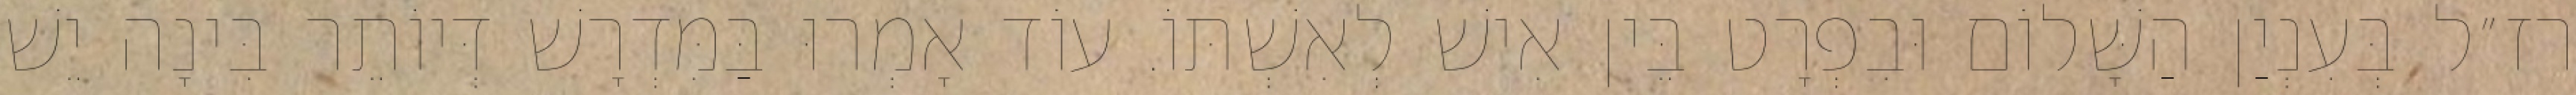
רז״ל בְּעִנְיַן הַשָּׁלוֹם וּבִפְרָט בֵּין אִישׁ לְאִשְׁתּוֹ. עוֹד אָמְרוּ בַּמִּדְרָשׁ דְּיוֹתֵר בִּינָה יֵשׁ